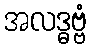
အလဒ္ဓဗ္ဗံ